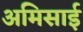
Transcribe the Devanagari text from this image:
अमिसाई